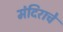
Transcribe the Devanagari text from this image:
मंदिराचे